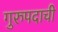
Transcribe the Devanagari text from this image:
गुरुपदाची